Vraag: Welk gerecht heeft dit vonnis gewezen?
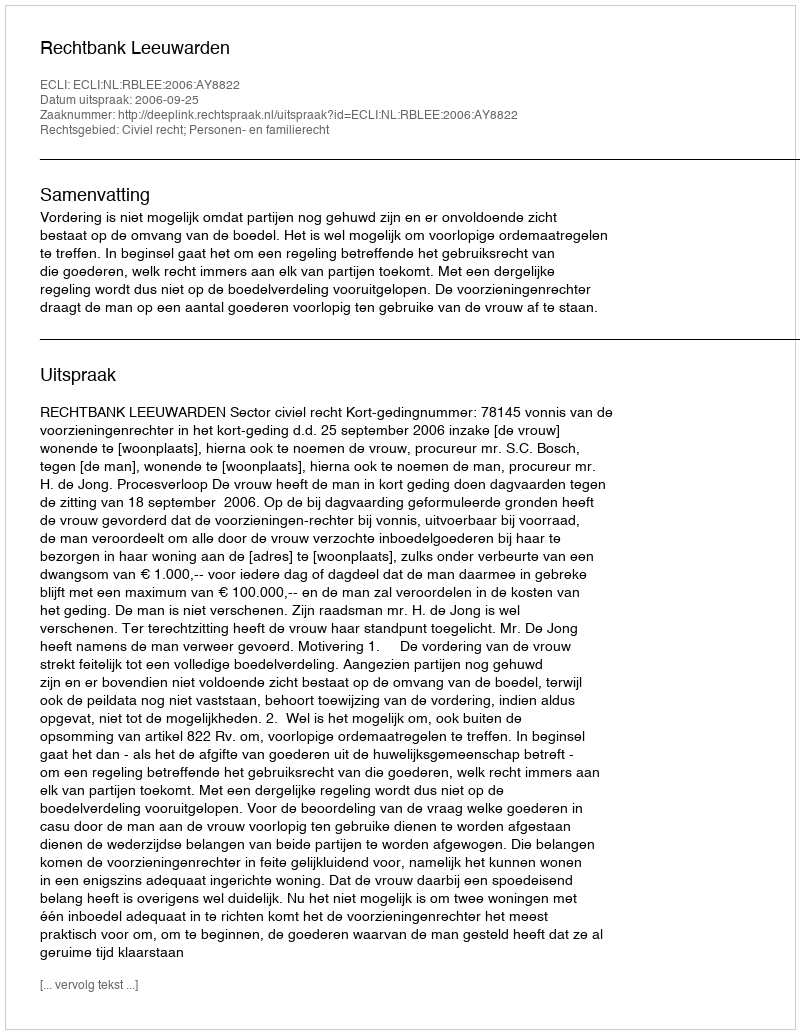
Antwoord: Rechtbank Leeuwarden